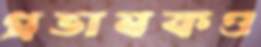
প্রভাষকও